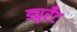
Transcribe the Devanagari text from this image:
ड्युरँट